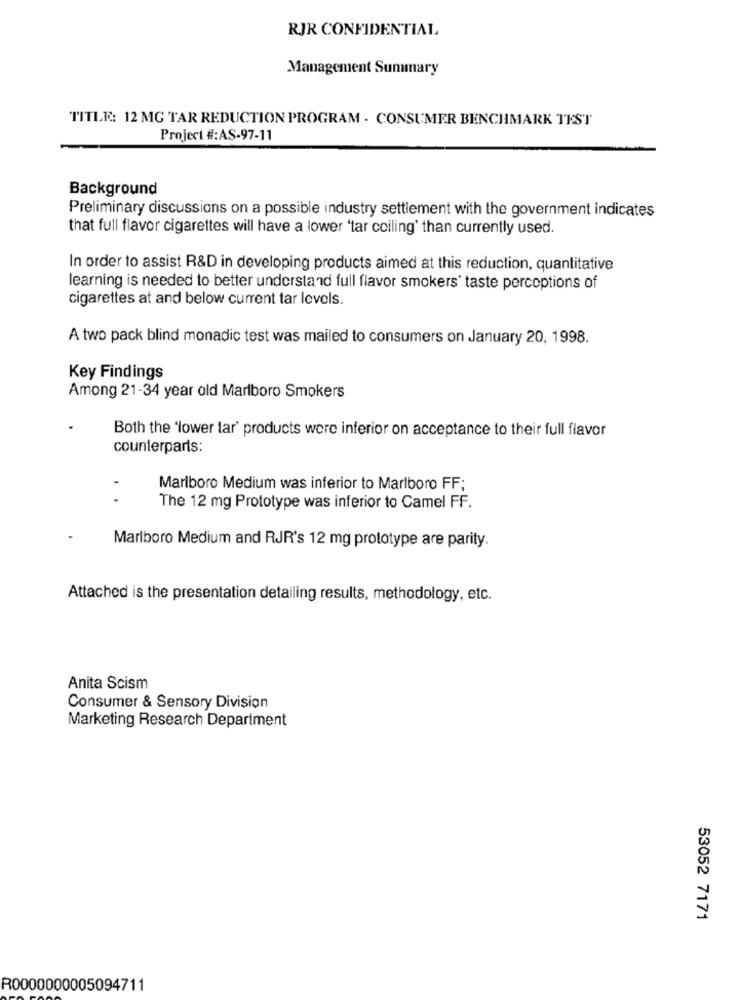
RJR CONFIDENTIAL
Management Summary
TITLE: 12 MG TAR REDUCTION PROGRAM . CONSUMER BENCHMARK TEST
Project #:AS-97-11
Background
Preliminary discussions on a possible industry settlement with the government indicates
that full flavor cigarettes will have a lower 'tar coiling' than currently used.
In order to assist R&D in developing products aimed at this reduction, quantitative
learning is needed to better understand full flavor smokers' taste perceptions of
cigarettes at and below current tar levels.
A two pack blind monadic test was mailed to consumers on January 20, 1998.
Key Findings
Among 21-34 year old Marlboro Smokers
Both the 'lower lar' products were inferior on acceptance to their full flavor
counterparts:
Marlboro Medium was inferior to Marlboro FF;
..
The 12 mg Prototype was inferior to Camel FF.
Marlboro Medium and RJR's 12 mg prototype are parity.
Attached is the presentation detailing results, methodology, etc.
Anita Scism
Consumer & Sensory Division
Marketing Research Department
53052 7171
R0000000005094711